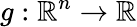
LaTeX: g:\mathbb{R}^{n}\rightarrow\mathbb{R}